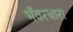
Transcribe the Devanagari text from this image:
भँवरधारा